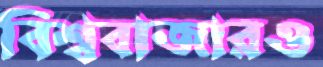
বিশ্ববাজারও